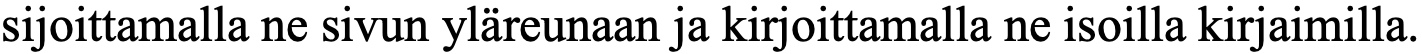
sijoittamalla ne sivun yläreunaan ja kirjoittamalla ne isoilla kirjaimilla.